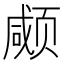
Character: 𱂱